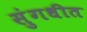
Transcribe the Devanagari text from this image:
सुंगधीत